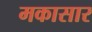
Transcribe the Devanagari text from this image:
मकासार